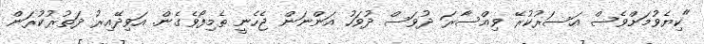
"ކިޔެވުމަށްވެސް އަސަރުކުރޭ ވިއްސާރަ ދުވަސް ދުވަހު އަންނަން ޖެހެނީ ތެމިފޯވެގެން. އަވިދޭއިރު ދަތުރުކުރަން